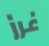
غرز